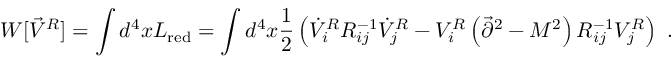
W [ \vec { V } ^ { R } ] = \int d ^ { 4 } x { \cal L } _ { \mathrm { r e d } } = \int d ^ { 4 } x { \frac { 1 } { 2 } } \left( \dot { V } _ { i } ^ { R } R _ { i j } ^ { - 1 } \dot { V } _ { j } ^ { R } - V _ { i } ^ { R } \left( \vec { \partial } ^ { 2 } - M ^ { 2 } \right) R _ { i j } ^ { - 1 } V _ { j } ^ { R } \right) ~ .